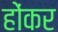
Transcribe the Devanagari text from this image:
होंकर